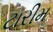
ટારીમ